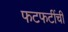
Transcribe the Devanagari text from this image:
फटफटींची